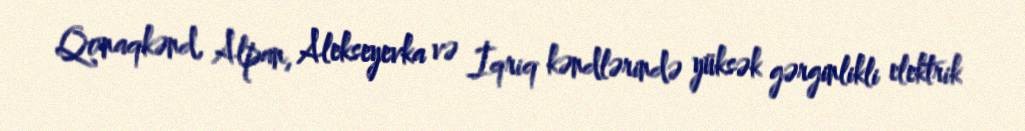
Qonaqkənd, Alpan, Alekseyevka və İqriq kəndlərində yüksək gərginlikli elektrik